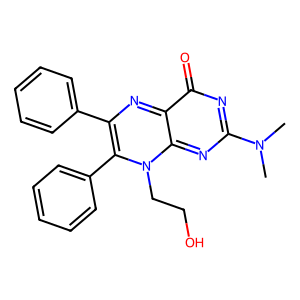
SMILES: CN(C)c1nc2n(CCO)c(-c3ccccc3)c(-c3ccccc3)nc-2c(=O)n1
Inhibits HIV replication: No